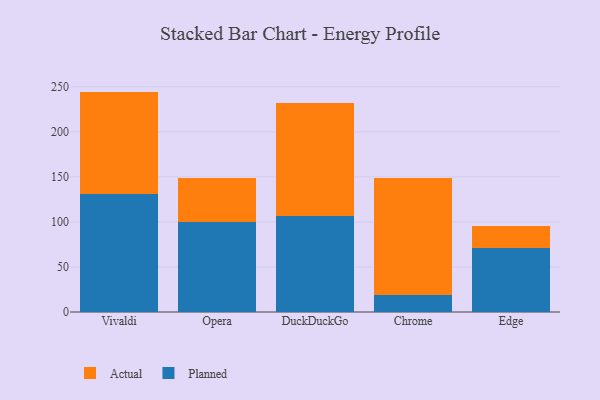
{"axis": {"x": "Browser", "y": "Customer Acquisition Cost (USD)"}, "legend": ["Actual", "Planned"], "data": [{"x": "Vivaldi", "y": 131.2, "type": "Planned"}, {"x": "Vivaldi", "y": 113.5, "type": "Actual"}, {"x": "Opera", "y": 99.7, "type": "Planned"}, {"x": "Opera", "y": 48.9, "type": "Actual"}, {"x": "DuckDuckGo", "y": 107.1, "type": "Planned"}, {"x": "DuckDuckGo", "y": 124.6, "type": "Actual"}, {"x": "Chrome", "y": 19.0, "type": "Planned"}, {"x": "Chrome", "y": 130.3, "type": "Actual"}, {"x": "Edge", "y": 70.6, "type": "Planned"}, {"x": "Edge", "y": 24.6, "type": "Actual"}]}